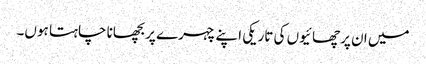
میں ان پرچھائیوں کی تاریکی اپنے چہرے پر بچھانا چاہتا ہوں۔